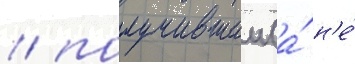
/ получившии (а́ н'е́